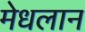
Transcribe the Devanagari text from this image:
मेधलान